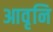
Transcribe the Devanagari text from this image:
आवृनि